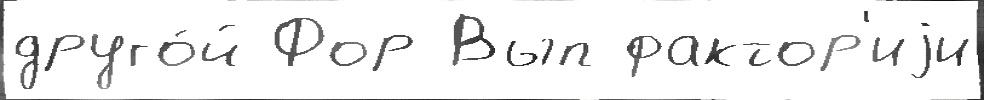
друго́й Фор Вып фактор'иjи